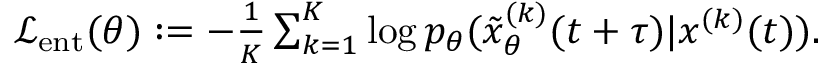
\begin{array} { r } { \textstyle \mathcal { L } _ { \mathrm { e n t } } ( \theta ) : = - \frac { 1 } { K } \sum _ { k = 1 } ^ { K } \log p _ { \theta } ( \tilde { x } _ { \theta } ^ { ( k ) } ( t + \tau ) | x ^ { ( k ) } ( t ) ) . } \end{array}